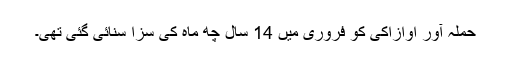
حملہ آور اوازاکی کو فروری میں 14 سال چھ ماہ کی سزا سنائی گئی تھی۔